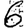
Digit: 6